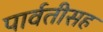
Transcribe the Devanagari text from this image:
पार्वतीसह